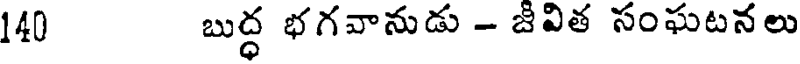
140 బుద్ధ భగవానుడు - జీవిత సంఘటనలు